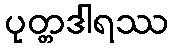
ပုတ္တဒါရဿ